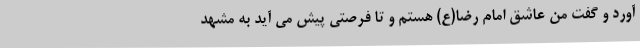
آورد و گفت من عاشق امام رضا(ع) هستم و تا فرصتی پیش می آید به مشهد